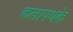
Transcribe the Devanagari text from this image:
कलापथके